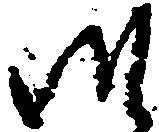
御